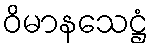
ဝိမာနသေဋ္ဌံ